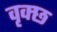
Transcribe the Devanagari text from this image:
वृक्छ